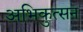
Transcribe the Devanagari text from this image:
अभिकुत्सन